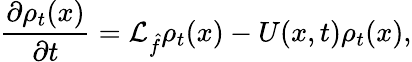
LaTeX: \frac{\partial\rho_{t}(x)}{\partial t}={\cal{L}}_{\hat{f}}\rho_{t}(x)-U(x,t)\rho_{t}(x),